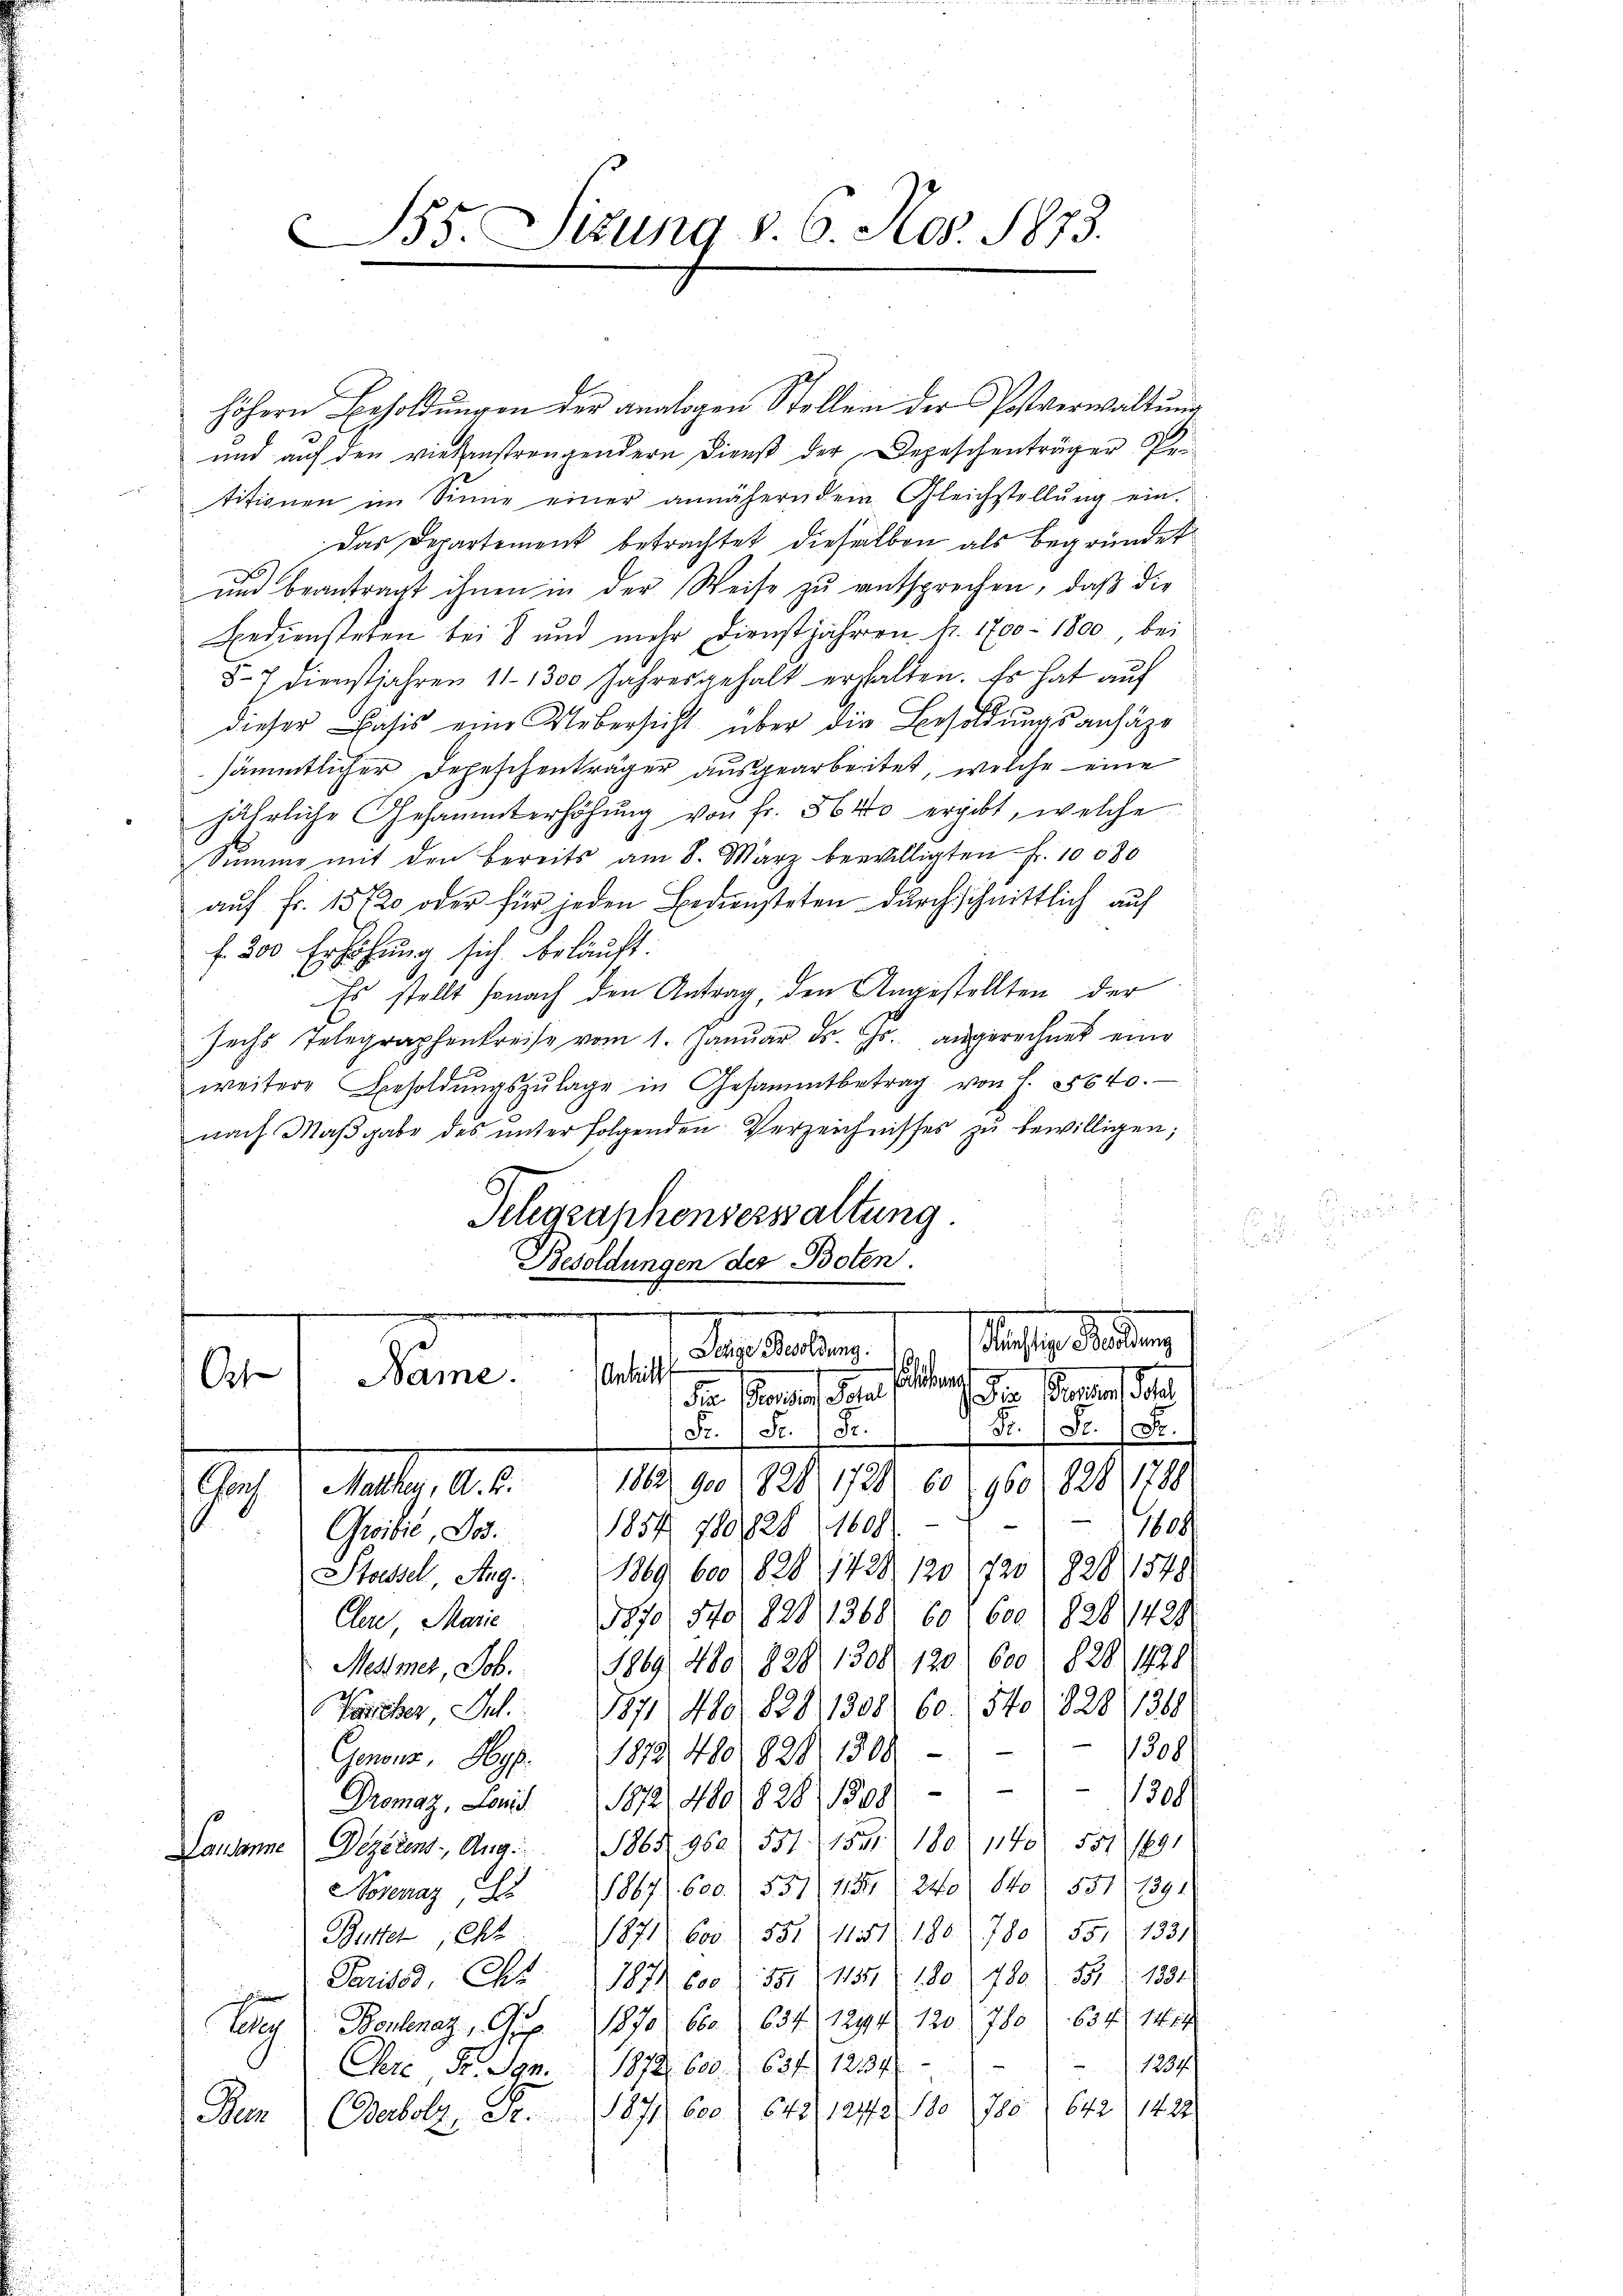
Bs. Sitzung d. 6. Nov. 1873.

höhern Besoldungen der analogen Stellen der Postverwaltung
und auf den vielenstrengendern Dienst der Depeschenträger Pertitionen im Sinne einer annäherndem Gleichstellŭng ein.
Das Departement betrachtet dieselben als begründet
.
und beantragt ihnen in der Weise zu entsprechen, daß die
Bediensteten bei 8 und mehr Dienstjahren fr. 1700 - 1800 bei
5-7 dienstjahren 11. 1300 Jahresgehalt erhalten. Es hat auf
dieser Basis eine Uebersicht über die Besoldungsansähe
sämmtlicher Depeschenträger ausgearbeitet, welche eine
jährliche Gesammterhöhung von fr. 5640 ergibt, welche
Sŭmme mit den bereits am 8. März bewilligten Fr. 10080
auf Fr. 15720 oder für jeden Bediensteten durchschnittlich auf
f. 200 Erhöhung sich beläuft.
Es stellt sonach den Antrag, den Angestellten der
Jechs Telegraphenkreise vom 1. Januar d. Js. angerechnet eine
weitere Besoldŭngszŭlage in Gesammtbetrag von f. 55640.
nach Maβgabe des ŭnter folgenden Verzeichnisses zŭ bewilligen;
s
Telegraphenverwaltung
Besoldungen der Boten.
.
e
Mächtige Weisung
delalten.
Antritt
7
Name.
O
l
12 Parten der
a. Ferner der
Fr. (Se. Fr.
Fr. 1. Fr. 1 Fr.
1882/
828, 1729 60 (9601828, 1790.
900
Aus d. July 1812.
1854 780 828 (16991 - 2 - 11609
Groibić, Jos.
Stossel, Aug. 1869 600 1828 (1428. 120 (728) 828 1548
Cen, Marie 1870. 540, 1828, 1368. 60 (600/ 1828,1429
Mettmer, Job. 1869. 480 828 1308. 120 600 (828), 1920
Vorber Al. 1871 480, 1828,1308. 60 (54o 828/1360
1308
Genonz, Hy. 1873 480. 828 1308)
1300
Dromaz, Leni 1872, 480 (828), 1308)
Lausanne Dezerent. Aug. 1865 962. 551. 1531 180. 1140. 551 1891
Nosnaz, 1867. 600. 551/ 115 (240) So 551 (1391
Butter, et 1871. 600 (551/ 11551/ 180. 1780) 551 (1331
Pariser, Chr. 187600 l. 551 § 1135 (180 (780. 551 (1331
teten Bonhenaz, Sup. 1870. 600 (634, 1244. 120 780 1. 634. Mitt
1234.
Pere, Fr. San. 1872. 600. Z. 637. 1234
Bez Carbolz, Fr. 1871, 600 f 642, 1242, 180 (1700 (642 (1422.